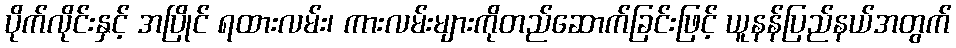
ပိုက်လိုင်းနှင့် အပြိုင် ရထားလမ်း၊ ကားလမ်းများကိုတည်ဆောက်ခြင်းဖြင့် ယူနန်ပြည်နယ်အတွက်